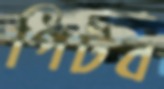
পিটব